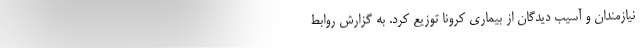
نیازمندان و آسیب دیدگان از بیماری کرونا توزیع کرد. به گزارش روابط